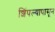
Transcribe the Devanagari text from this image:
शिंपल्यापासून